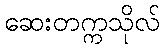
ဆေးတက္ကသိုလ်